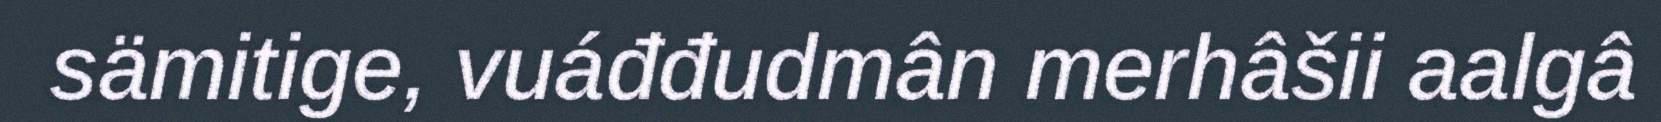
sämitige, vuáđđudmân merhâšii aalgâ